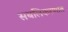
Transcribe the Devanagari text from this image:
सबलिकरणात